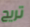
تريح